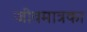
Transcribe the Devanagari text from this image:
जीवमात्रका